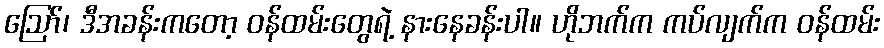
ဪ၊ ဒီအခန်းကတော့ ဝန်ထမ်းတွေရဲ့ နားနေခန်းပါ။ ဟိုဘက်က ကပ်လျက်က ဝန်ထမ်း